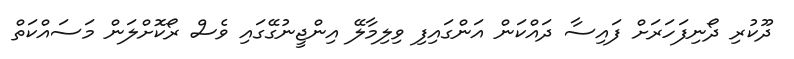
ދޫކުރި ދޯނިފަހަރަށް ފައިސާ ދައްކަން އަންގައިފި ވިލިމާލޭ އިންޖީނުގޭގައި ވެސް ރޯކޮށްލަން މަސައްކަތް